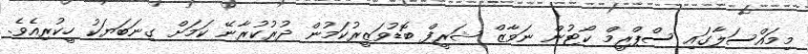
މިމައްސަލާގައި ސްޕްރީމް ކޯޓުން ނަވާޒް ޝަރީފް ބޮޑުވަޒީރުކަމުން ދުރުކުރާނޭ ކަމަށް ގިނަބަޔަކު ހީކުރިއެވެ.